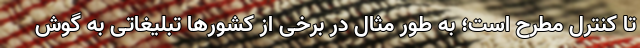
تا کنترل مطرح است؛ به طور مثال در برخی از کشورها تبلیغاتی به گوش